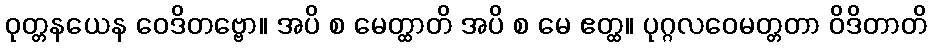
ဝုတ္တနယေန ဝေဒိတဗ္ဗော။ အပိ စ မေတ္ထာတိ အပိ စ မေ ဧတ္ထ။ ပုဂ္ဂလဝေမတ္တတာ ဝိဒိတာတိ